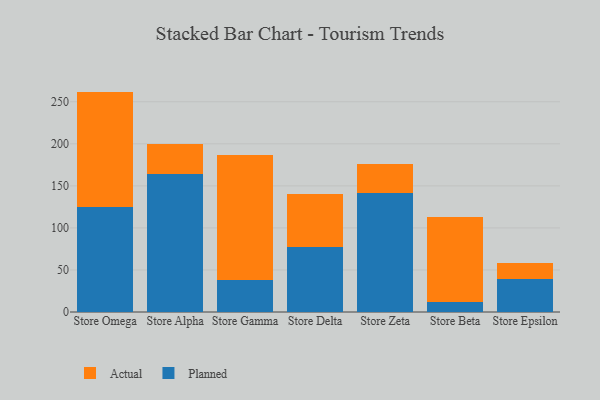
{"axis": {"x": "Store", "y": "Conversion Rate (%)"}, "legend": ["Actual", "Planned"], "data": [{"x": "Store Omega", "y": 124.3, "type": "Planned"}, {"x": "Store Omega", "y": 137.8, "type": "Actual"}, {"x": "Store Alpha", "y": 164.1, "type": "Planned"}, {"x": "Store Alpha", "y": 35.9, "type": "Actual"}, {"x": "Store Gamma", "y": 37.8, "type": "Planned"}, {"x": "Store Gamma", "y": 148.6, "type": "Actual"}, {"x": "Store Delta", "y": 77.2, "type": "Planned"}, {"x": "Store Delta", "y": 63.6, "type": "Actual"}, {"x": "Store Zeta", "y": 141.3, "type": "Planned"}, {"x": "Store Zeta", "y": 34.5, "type": "Actual"}, {"x": "Store Beta", "y": 12.1, "type": "Planned"}, {"x": "Store Beta", "y": 101.3, "type": "Actual"}, {"x": "Store Epsilon", "y": 39.5, "type": "Planned"}, {"x": "Store Epsilon", "y": 19.3, "type": "Actual"}]}